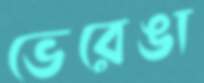
ভেরেঙা